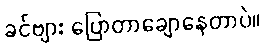
ခင်ဗျား ပြောတာချောနေတာပဲ။